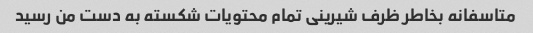
متاسفانه بخاطر ظرف شیرینی تمام محتویات شکسته به دست من رسید